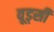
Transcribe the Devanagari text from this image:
वूड्सी